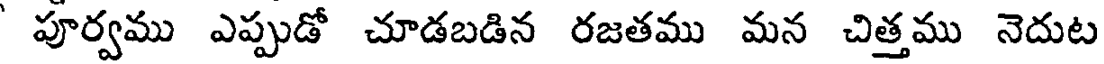
పూర్వము ఎప్పుడో చూడబడిన రజతము మన చిత్తము నెదుట